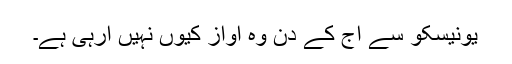
یونیسکو سے آج کے دن وہ آواز کیوں نہیں آرہی ہے۔